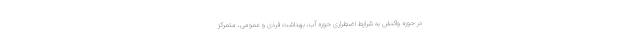
در حوزه واکنش به شرایط اضطراری حوزه آب، بهداشت فردی و عمومی، متمرکز